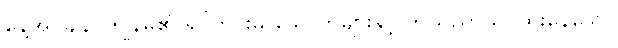
နေ့အပူချိန်၊ ကျွန်မ၏ ရင်တွင်းမှ သောကများနှင့် ဘယ်ညာယိုင်ထိုးနေသော